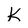
Character: k